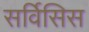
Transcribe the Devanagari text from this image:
सर्विसिस